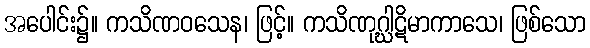
အပေါင်း၌။ ကသိဏဝသေန၊ ဖြင့်။ ကသိဏုဂ္ဃါဋိမာကာသေ၊ ဖြစ်သော